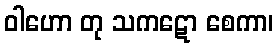
ဝါဟော တု သကဋော စေကာ၊